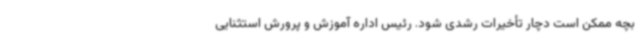
بچه ممکن است دچار تأخیرات رشدی شود. رئیس اداره آموزش و پرورش استثنایی